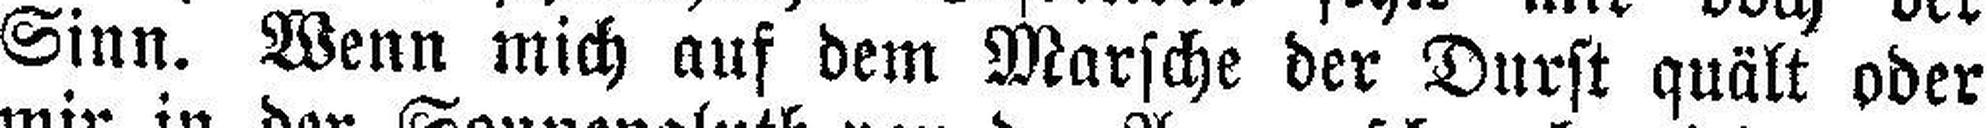
Sinn. Wenn mich auf dem Marsche der Durst quält oder